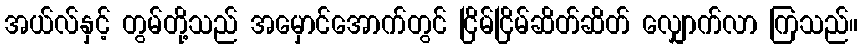
အယ်လ်နှင့် တွမ်တို့သည် အမှောင်အောက်တွင် ငြိမ်ငြိမ်ဆိတ်ဆိတ် လျှောက်လာ ကြသည်။